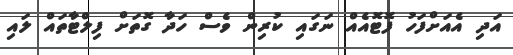
އަދި އެއަށްފަހު ފޮޓޮއެއް ނަގައި ކުރިން ވެސް ހަދާ ގޮތަށް ފިލްޓާތައް ލައި